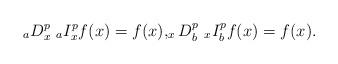
LaTeX: \begin{align*}_aD^{p}_{x}\ _aI^{p}_xf(x)=f(x),_xD^{p}_{b} \ _xI^p_bf(x)=f(x).\end{align*}